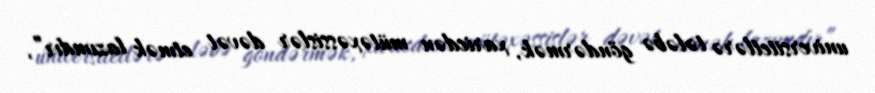
universitetlərə tələbə göndərmək, xaricdən mütəxəssislər dəvət etmək lazımdır”,